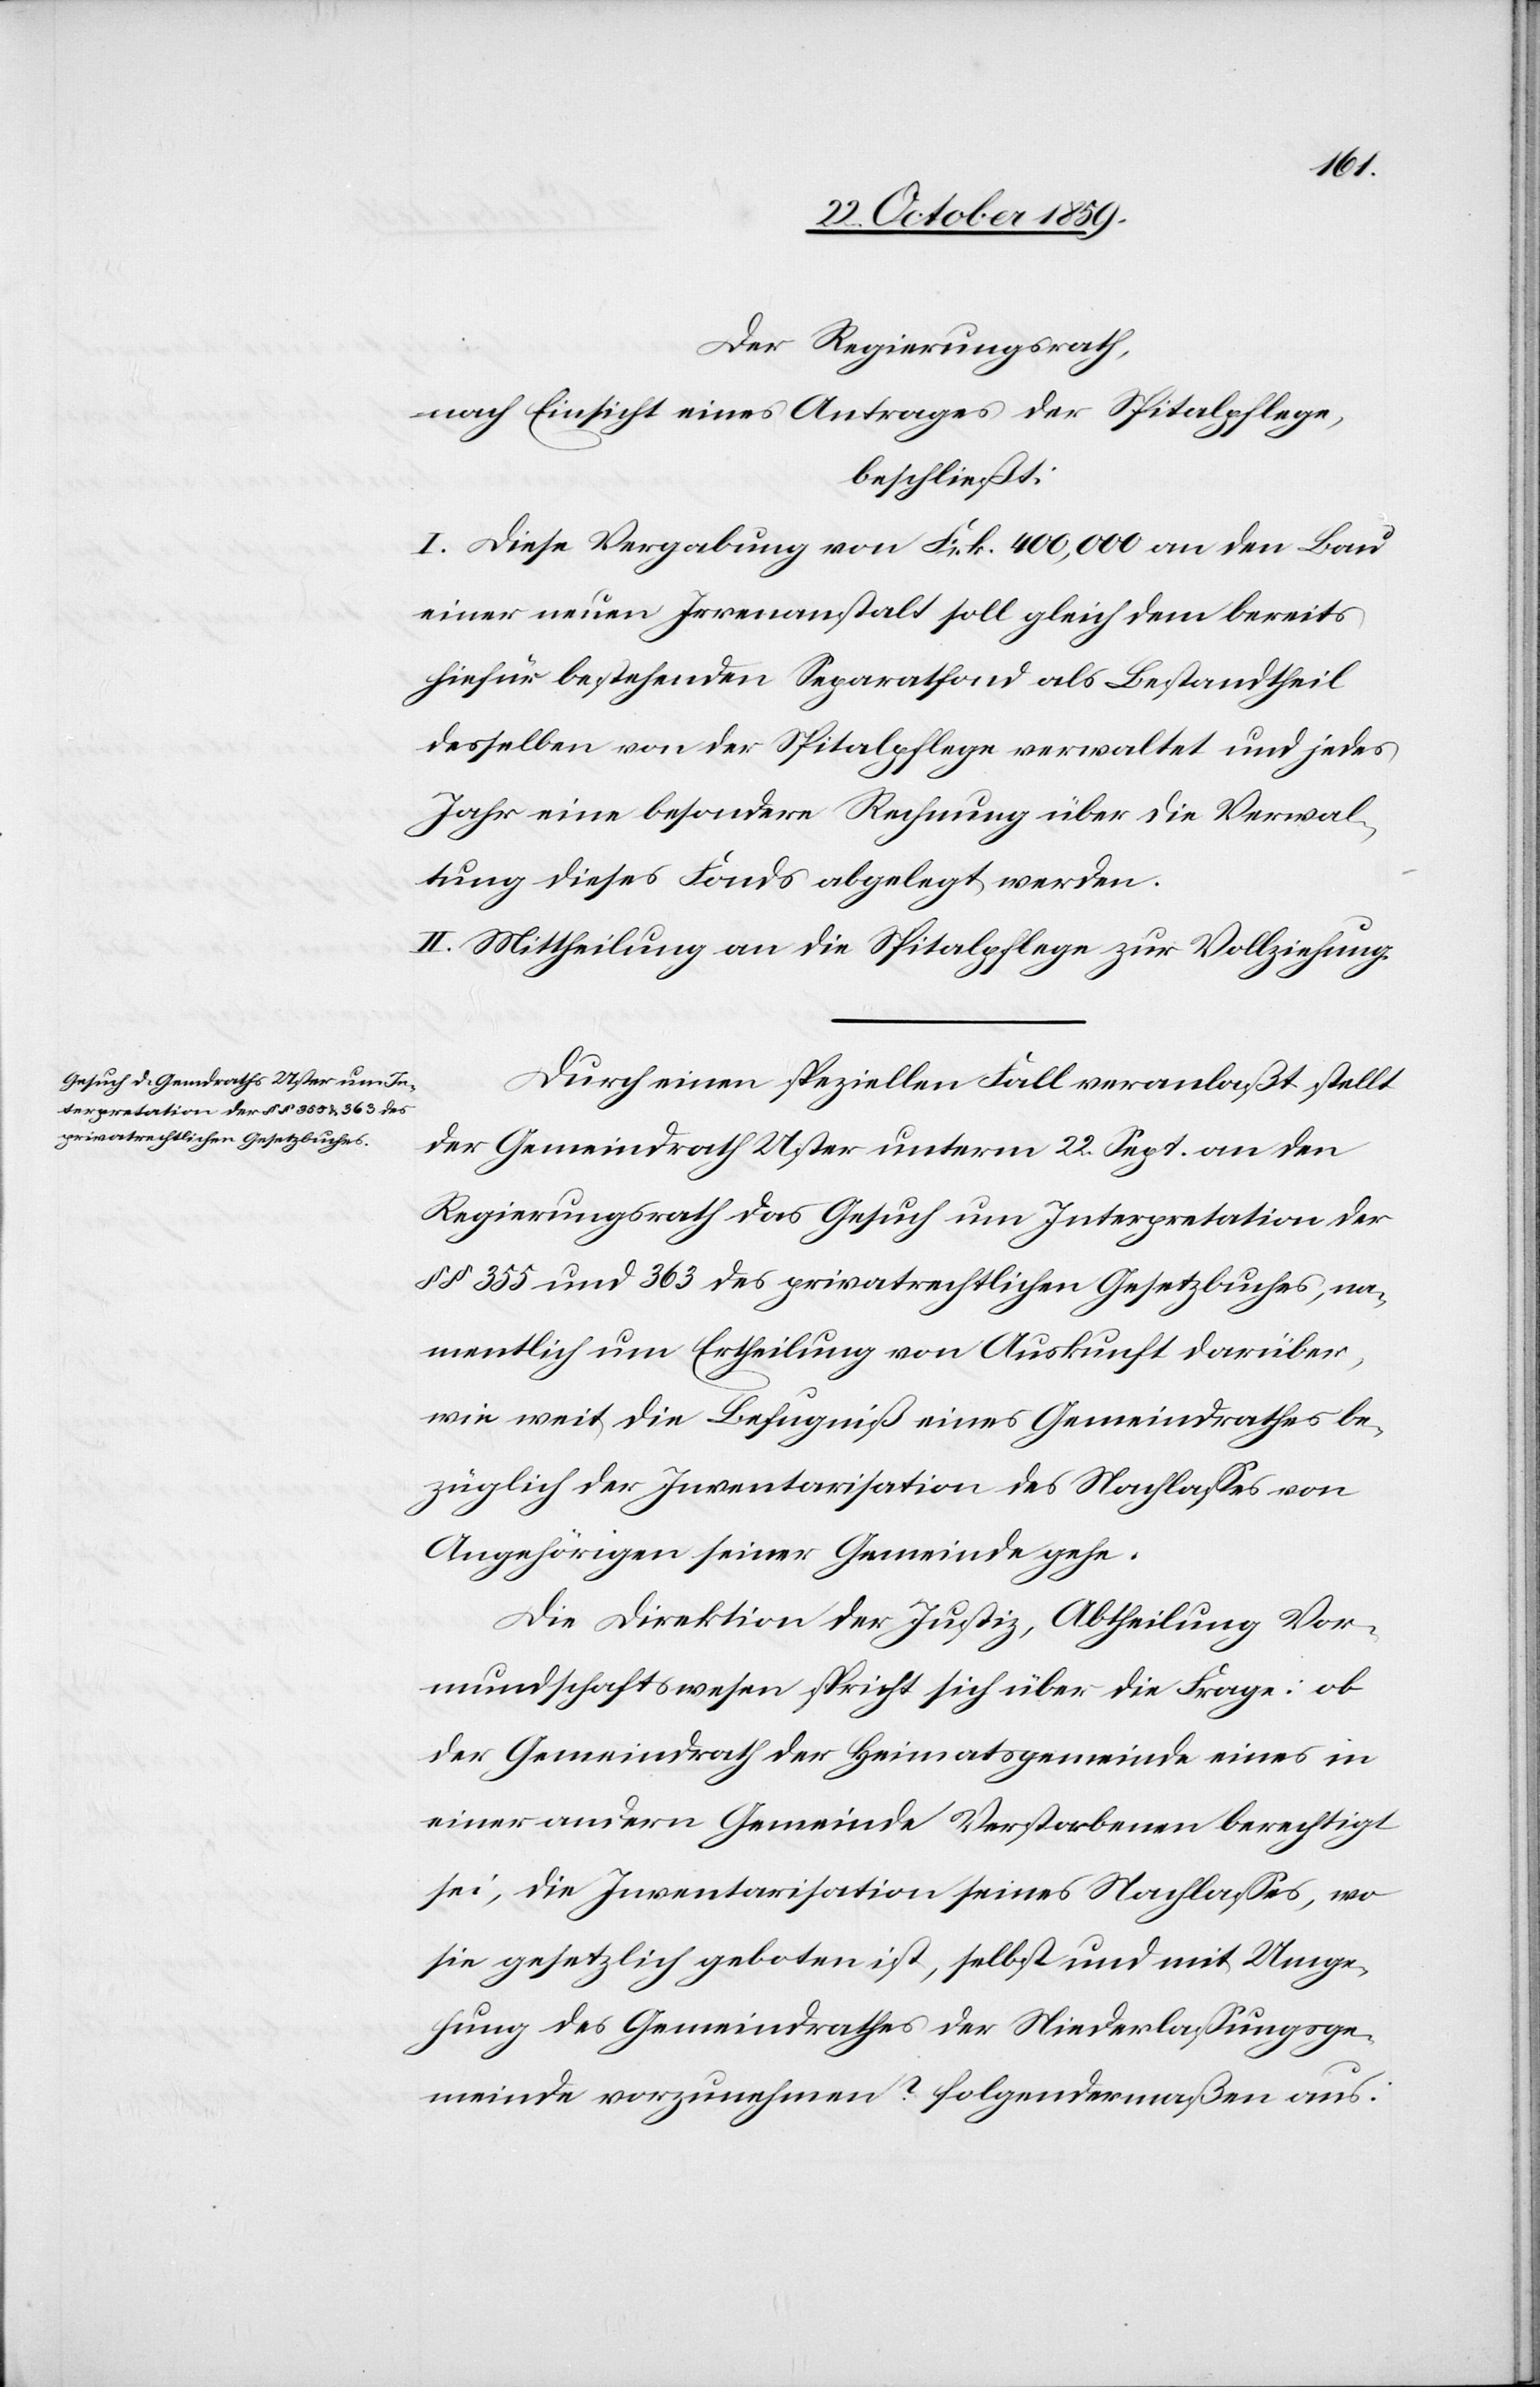
Der Regierungsrath,
nach Einsicht eines Antrages der Spitalpflege,
beschließt:
I. Diese Vergabung von Frk. 400,000 an den Bau
einer neuen Irrenanstalt soll gleich dem bereits
hiefür bestehenden Separatfond als Bestandtheil
desselben von der Spitalpflege verwaltet und jedes
Jahr eine besondere Rechnung über die Verwal¬
tung dieses Fonds abgelegt werden.
II. Mittheilung an die Spitalpflege zur Vollziehung.
Durch einen speziellen Fall veranlaßt stellt
der Gemeinderath Uster unterm 22. Sept. an den
Regierungsrath das Gesuch um Interpretation der
§§ 355 und 363 des privatrechtlichen Gesetzbuches, na¬
mentlich um Ertheilung von Auskunft darüber,
wie weit die Befugniß eines Gemeinderathes be¬
züglich der Inventarisation des Nachlasses von
Angehörigen seiner Gemeinde gehe.
Die Direktion der Justiz, Abtheilung Vor¬
mundschaftswesen spricht sich über die Frage: ob
der Gemeinderath der Heimatgemeinde eines in
einer andern Gemeinde Verstorbenen berechtigt
sei, die Inventarisation seines Nachlasses, wo
sie gesetzlich geboten ist, selbst und mit Umge¬
hung des Gemeinderathes der Niederlassungsge¬
meinde vorzunehmen? folgendermaßen aus: